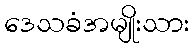
ဒေသခံအမျိုးသား